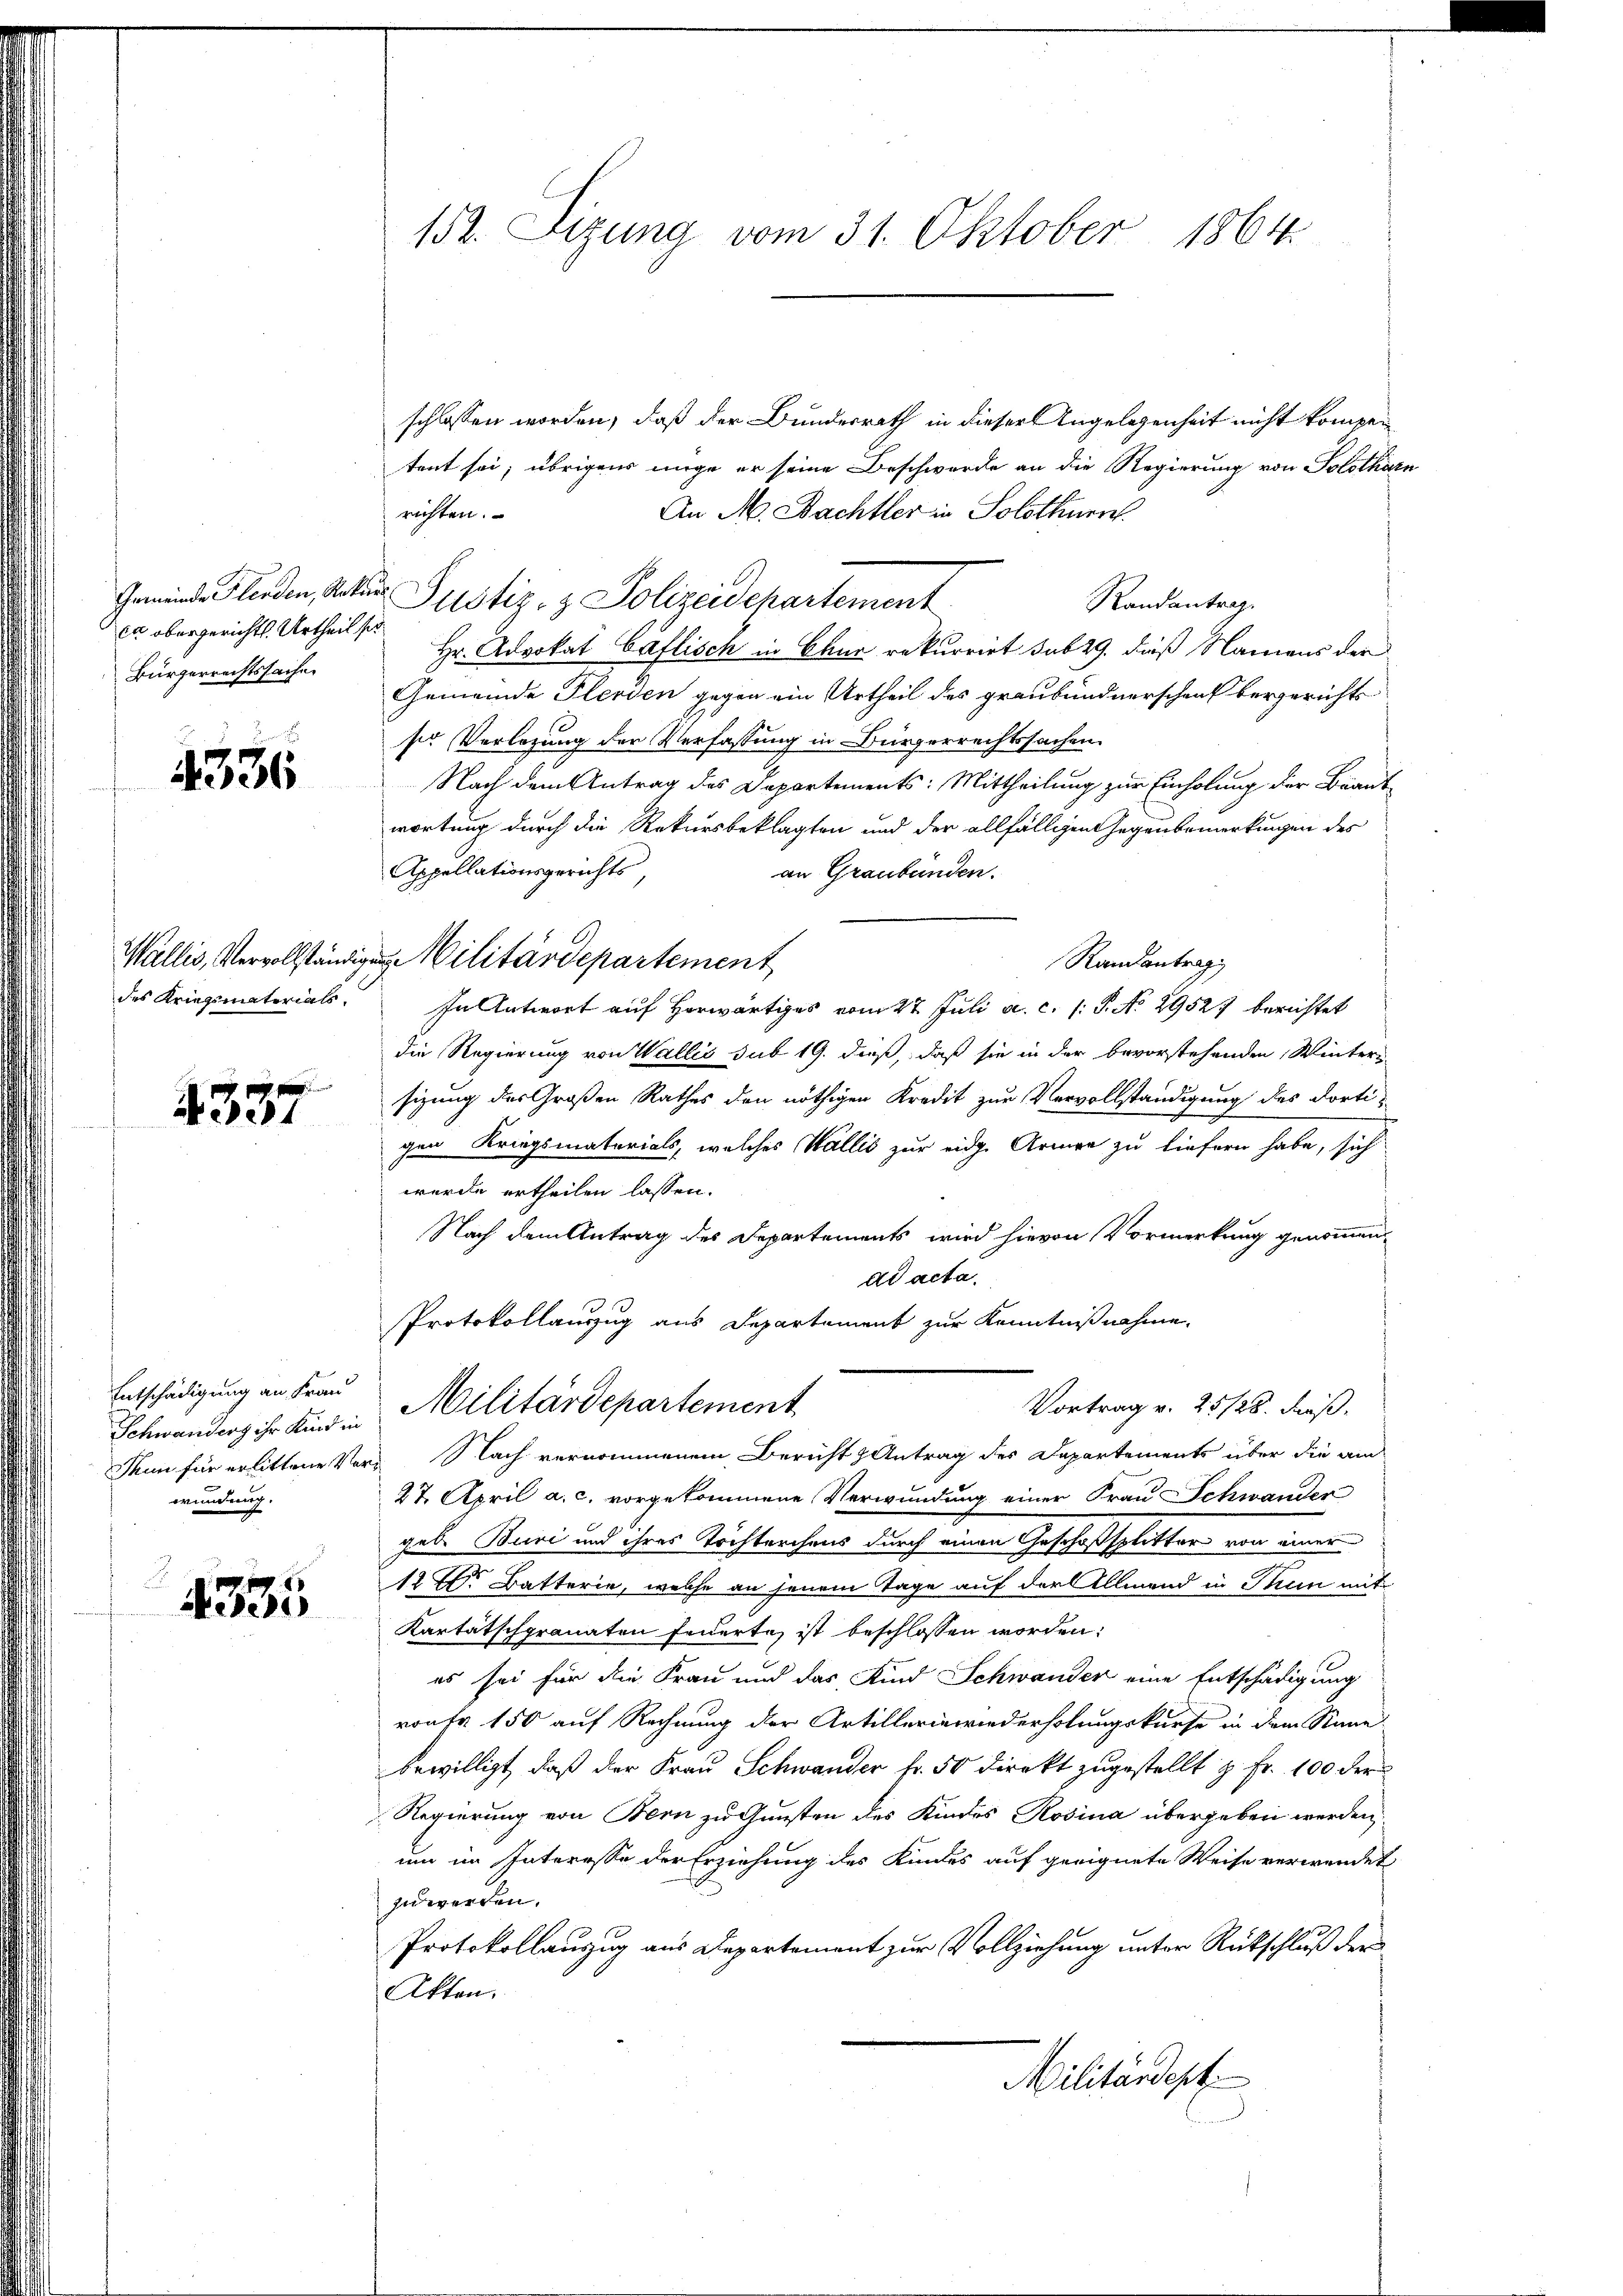
Gemeinde Plenden, Rekurs
en obergerichts Urtheil s
Bürgerrechtssachen

4336

Wallis, Vervollständig
des Kriegsmaterials.

4337

Entschädigung an Frau
Schwanders ihr Kind in
Thun für erlittene Verwundung.

4335

152. Sizung vom 31. Oktober 1864.

schlossen worden, daß der Bundesrath in dieser Angelegenheit nicht kompen
tent sei, übrigens möge er seine Beschwerde an die Regierung von Solothurn
An M. Bachtler in Solothurn
richten.
Justiz- & Polizeidepartement
Randantrag.
Hr. Advokat Caflisch in Chur rekurrirt sub 29. dieß Namens der
Gemeinde Pferden gegen ein Urtheil des graubündnerschenk bergerichts
ser Verlegung der Verfassung in Bürgerrechtssachen.
Nach dem Antrag des Departements: Mittheilung zur Einholung der Braut-
wortung durch die Rekursbeklagten und der allfälligen Gegenbemerkungen des
Appellationsgerichts
an Graubünden.
Randantrag
In Antwort auf Horwärtiges vom 27. Juli a. c. 1: P. No 2952. berichtet
die Regierung von Wallis sub 19. dieß, daß sie in der bevorstehenden Winters
sizung des Großen Rathes den nöthigen Kredit zur Vervollständigung des dorti-
gen Kriegsmaterials, welches Wallis zur eidge Armen zu liefern habe, sich
werde ertheilen lassen.
Nach dem Antrag des Departements wird hievon Vormerkung genommen,
ad acta.
Protokollauszug aus Departement zur Kenntnißnahme.
Militärdepartement
Vortrag v. 25/28. dieß,
u Nach vernommenem Bericht & Antrag des Departements über die am
27. April a. c. vorgekommene Verwundung einer Frau Schwander
geb. Buri und ihres Tochterchens durch einen Geschoßsplitter von einer
127. Batterie, welche an jenem Tage auf der Allmend in Thun mit
Kartätschgranaten feuerte, ist beschlossen worden:
es sei für die Frau und das Kind Schwander eine Entschädigung
roner 150 auf Rechnung der Artillerienwiederholungskurse in dem Sinnebewilligt, daß der Frau Schwander fr. 50 Direkt zugestellt z. Fr. 100 der
Regierung von Bern zu Gunsten des Kindes Rosina übergeben werden,
um im Interesse der Erziehung des Kindes auf geeignete Weise verwendet
zu werden.
Protokollauszug aus Departement zur Vollziehung unter Rückschluß der
Akten.
Militärdept

Militärdepartement